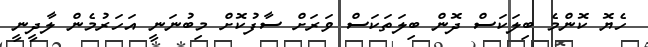
ހެޔޮ ކޮންމެ ބިލަކަސް ދޮން ބިލަތަކަސް ވަރަށް ސާފުކޮށް މިބުނަނީ އަހަރުމެން ލާދީނީ